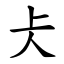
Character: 仧